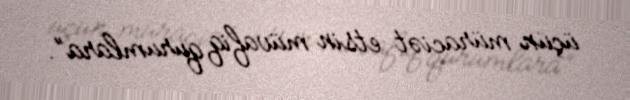
üçün müraciət etsin müvafiq qurumlara”.